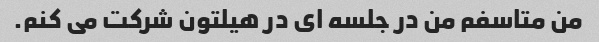
من متاسفم من در جلسه ای در هیلتون شرکت می کنم.